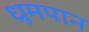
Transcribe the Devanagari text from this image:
ध्रुमपान